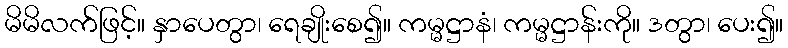
မိမိလက်ဖြင့်။ နှာပေတွာ၊ ရေချိုးစေ၍။ ကမ္မဋ္ဌာနံ၊ ကမ္မဋ္ဌာန်းကို။ ဒတွာ၊ ပေး၍။